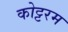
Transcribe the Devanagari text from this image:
कोट्टरम